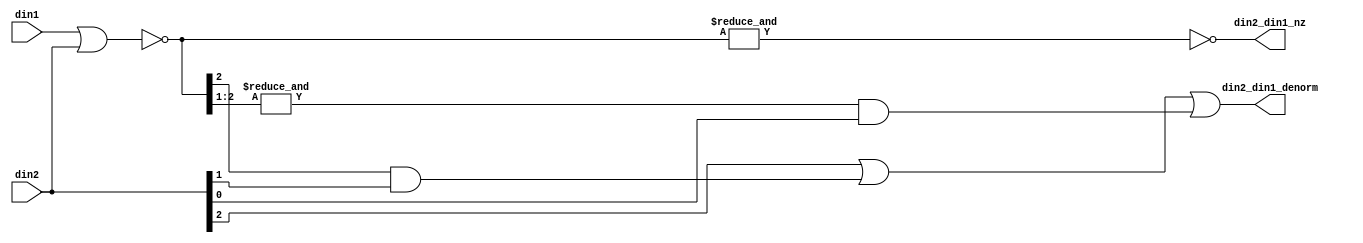
// ========== Copyright Header Begin ==========================================
// 
// OpenSPARC T1 Processor File: fpu_denorm_3b.v
// Copyright (c) 2006 Sun Microsystems, Inc.  All Rights Reserved.
// DO NOT ALTER OR REMOVE COPYRIGHT NOTICES.
// 
// The above named program is free software; you can redistribute it and/or
// modify it under the terms of the GNU General Public
// License version 2 as published by the Free Software Foundation.
// 
// The above named program is distributed in the hope that it will be 
// useful, but WITHOUT ANY WARRANTY; without even the implied warranty of
// MERCHANTABILITY or FITNESS FOR A PARTICULAR PURPOSE.  See the GNU
// General Public License for more details.
// 
// You should have received a copy of the GNU General Public
// License along with this work; if not, write to the Free Software
// Foundation, Inc., 51 Franklin St, Fifth Floor, Boston, MA 02110-1301, USA.
// 
// ========== Copyright Header End ============================================
///////////////////////////////////////////////////////////////////////////////
//
//      Three bit comparison of two inputs when both will always have
//		leading 0s.
//
///////////////////////////////////////////////////////////////////////////////

module fpu_denorm_3b (
	din1,
	din2,

	din2_din1_nz,
	din2_din1_denorm
);


input [2:0]     din1;                   // input 1- 3 bits
input [2:0]     din2;                   // input 2- 3 bits

output		din2_din1_nz;		// input 1 and input 2 are not 0
output		din2_din1_denorm;	// input 1 is a denorm


wire [2:0]	din2_din1_zero;
wire		din2_din1_nz;
wire		din2_din1_denorm;


assign din2_din1_zero[2:0]= (~(din1 | din2));

assign din2_din1_nz= (!(&din2_din1_zero[2:0]));

assign din2_din1_denorm= din2[2]
		|| (din2_din1_zero[2] && din2[1])
		|| ((&din2_din1_zero[2:1]) && din2[0]);


endmodule